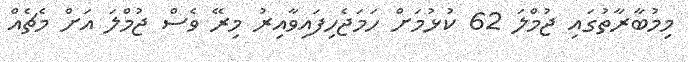
މިމުބާރާތުގައި ޖުމްލަ 62 ކުޅުމަށް ހަމަޖެހިފައިވާއިރު މިރޭ ވެސް ޖުމްލަ އަށް މެޗެއް